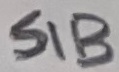
Text: SIB